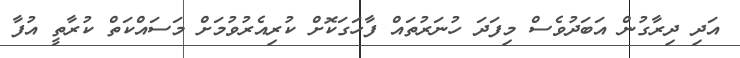
އަދި ދިރާގުން އަބަދުވެސް މިފަދަ ހުނަރުތައް ފާހަގަކޮށް ކުރިއެރުވުމަށް މަސައްކަތް ކުރާތީ އުފާ